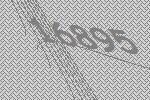
16895